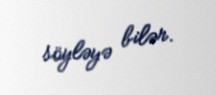
söyləyə bilər.